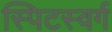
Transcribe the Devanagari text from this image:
स्पिटस्वर्ग